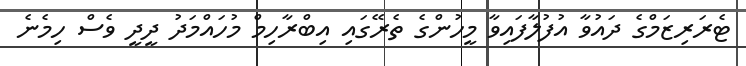
ޓެރަރިޒަމްގެ ދައުވާ އުފުލާފައިވާ މީހުންގެ ތެރޭގައި އިބްރާހިމް މުހައްމަދު ދީދީ ވެސް ހިމެނެ